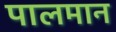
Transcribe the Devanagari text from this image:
पालमान